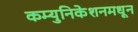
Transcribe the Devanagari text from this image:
कम्युनिकेशनमधून